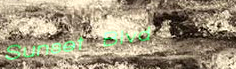
Sunset Blvd